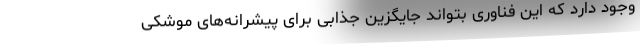
وجود دارد که این فناوری بتواند جایگزین جذابی برای پیشرانه‌های موشکی